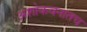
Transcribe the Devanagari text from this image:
अशोकवनातच